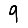
Digit: 9